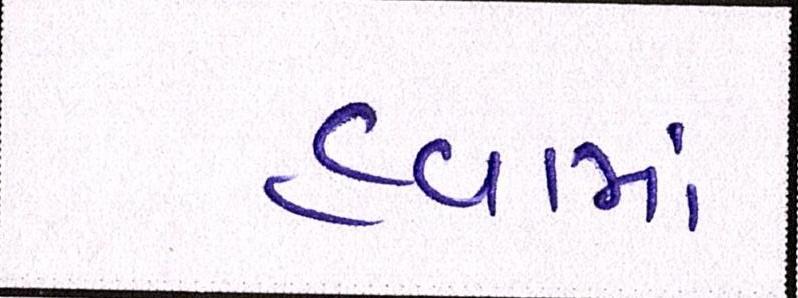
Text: હવામાં